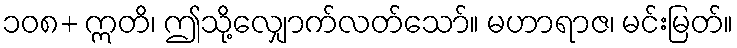
၁၀၈+ ဣတိ၊ ဤသို့လျှောက်လတ်သော်။ မဟာရာဇ၊ မင်းမြတ်။